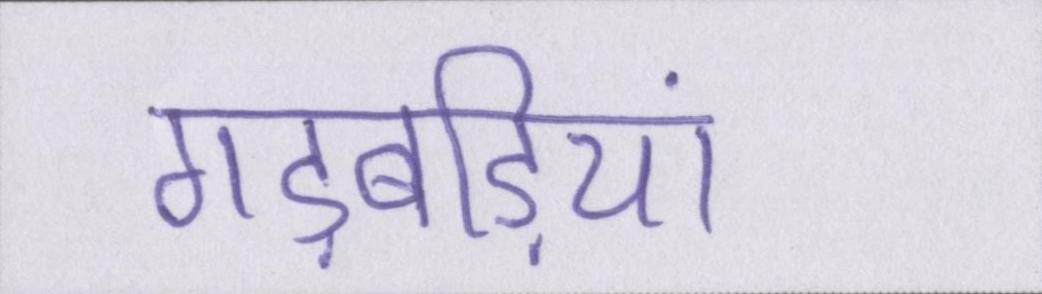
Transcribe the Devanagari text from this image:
गड़बड़ियां